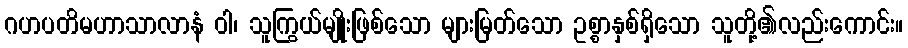
ဂဟပတိမဟာသာလာနံ ဝါ၊ သူကြွယ်မျိုးဖြစ်သော များမြတ်သော ဥစ္စာနှစ်ရှိသော သူတို့၏လည်းကောင်း။